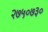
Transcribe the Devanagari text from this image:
२७५०७३०